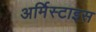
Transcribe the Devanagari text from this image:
अर्मिस्टाइस